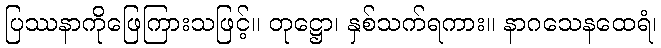
ပြဿနာကိုဖြေကြားသဖြင့်။ တုဋ္ဌော၊ နှစ်သက်ရကား။ နာဂသေနထေရံ၊